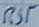
Text: RST